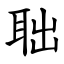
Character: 聉